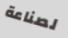
لصناعة